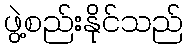
ဖွဲ့စည်းနိုင်သည်